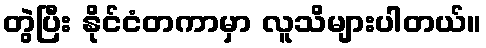
တွဲပြီး နိုင်ငံတကာမှာ လူသိများပါတယ်။